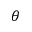
\theta